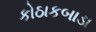
કોઠાકબાડા